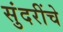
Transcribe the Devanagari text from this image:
सुंदरींचे